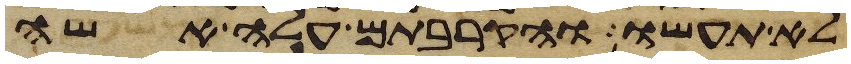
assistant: לא תעשו והקרבתם עלה אשה